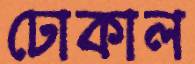
ঢোকাল